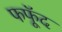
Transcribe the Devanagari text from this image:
फफूॅद